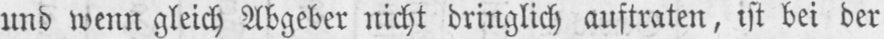
und wenn gleich Abgeber nicht dringlich auftraten, ist bei der